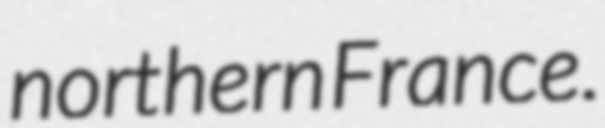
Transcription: northern France.